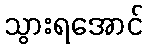
သွားရအောင်